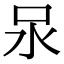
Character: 𭯶